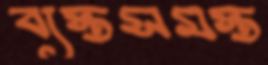
ব্যস্তসমস্ত